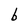
Character: b